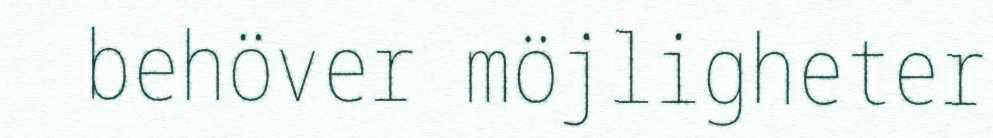
behöver möjligheter